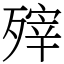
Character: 㱰